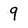
Character: 9